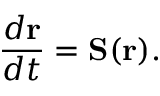
\frac { d \mathbf { r } } { d t } = \mathbf { S } ( \mathbf { r } ) .